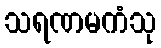
သရဏမကံသု